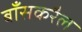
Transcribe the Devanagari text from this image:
बाँसकरैल